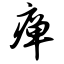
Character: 瘅